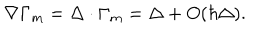
\nabla \Gamma _ { m } = \Delta \cdot \Gamma _ { m } = \Delta + O ( \hbar \Delta ) .